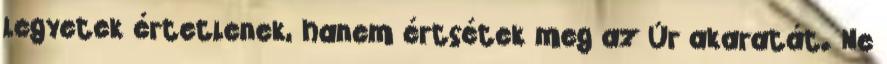
legyetek értetlenek, hanem értsétek meg az Úr akaratát. Ne